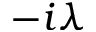
- i \lambda